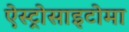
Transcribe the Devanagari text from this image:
ऐस्ट्रोसाइटोमा